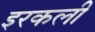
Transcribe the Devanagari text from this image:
इरकली